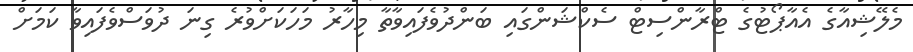
މެލޭޝިއާގެ އެއާޕޯޓުގެ ޓްރާންސިޓް ސެކްޝަންގައި ބަންދުވެފައިވާތާ މިހާރު މަހަކަށްވުރެ ގިނަ ދުވަސްވެފައިވާ ކަމަށް